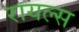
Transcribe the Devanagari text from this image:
रायल्स